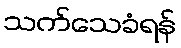
သက်သေခံရန်